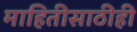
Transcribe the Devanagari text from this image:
माहितीसाठीही